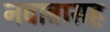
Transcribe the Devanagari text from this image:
नवाबासह